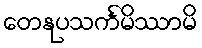
တေနုပသင်္ကမိဿာမိ